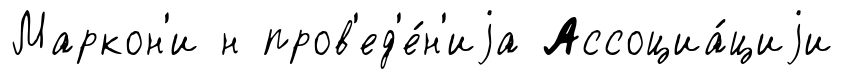
Маркон'и н пров'ед'е́н'иjа Ассоциа́циjи